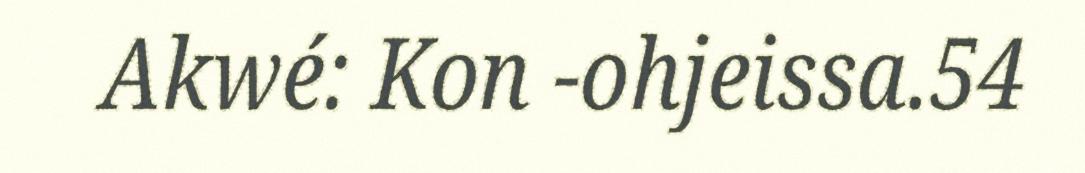
Akwé: Kon -ohjeissa.54